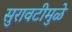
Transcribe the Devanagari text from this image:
सुरावटीमुळे